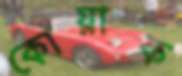
কোয়াক